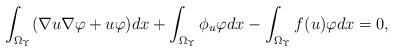
\begin{align*} \int_{\Omega_\Upsilon}( \nabla u \nabla \varphi + u \varphi )dx +\int_{\Omega_\Upsilon}\phi_u \varphi dx - \int_{\Omega_\Upsilon} f(u) \varphi dx = 0, \end{align*}